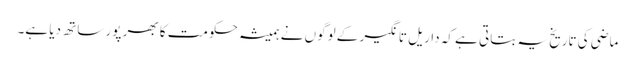
ماضی کی تاریخ یہ بتاتی ہے کہ داریل تانگیر کے لوگوں نے ہمیشہ حکومت کا بھر پور ساتھ دیا ہے۔